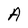
Character: A